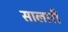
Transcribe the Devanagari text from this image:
सालारी